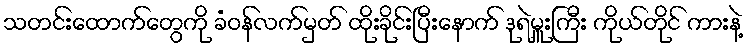
သတင်းထောက်တွေကို ခံဝန်လက်မှတ် ထိုးခိုင်းပြီးနောက် ဒုရဲမှူးကြီး ကိုယ်တိုင် ကားနဲ့